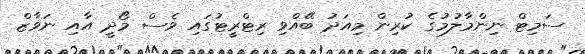
ސަމިޓް ނިންމާލުމުގެ ކުރިން މިއަދު ބޭއްވި ރިޓްރީޓުގައި ވެސް މޯދީ އާއި ނަވާޒް